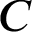
C